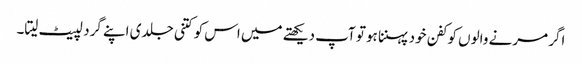
اگر مرنے والوں کو کفن خود پہننا ہو تو آپ دیکھتے میں اس کو کتنی جلدی اپنے گرد لپیٹ لیتا۔